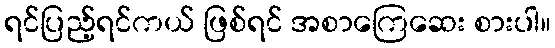
ရင်ပြည့်ရင်ကယ် ဖြစ်ရင် အစာကြေဆေး စားပါ။